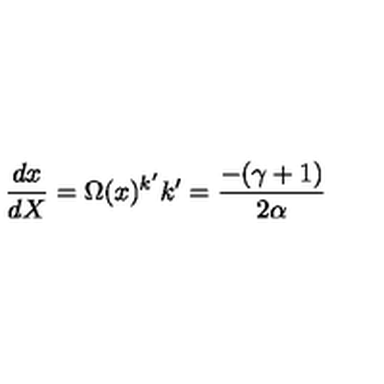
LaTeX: \frac { d x } { d X } = \Omega ( x ) ^ { k ^ { \prime } } k ^ { \prime } = \frac { - ( \gamma + 1 ) } { 2 \alpha }